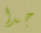
جدا